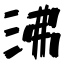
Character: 沸